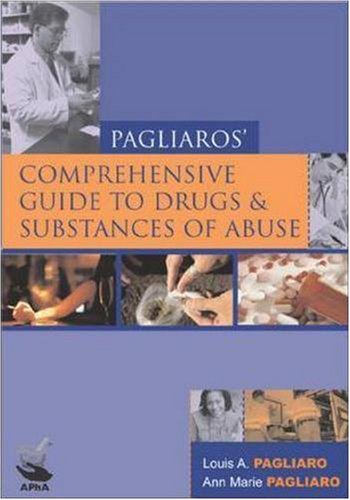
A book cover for Comprehensive Guide to Drugs and Substances of Abuse; Louis A. Pagliaro; Medical Books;